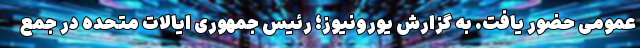
عمومی حضور یافت. به گزارش یورونیوز؛ رئیس جمهوری ایالات متحده در جمع